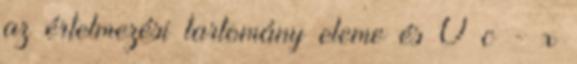
az értelmezési tartomány eleme és 0 c - x